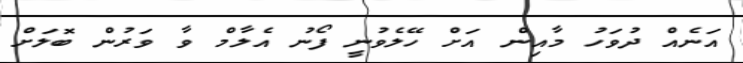
އަނެއް ދުވަހު މާއިން އަށް ހޭލެވުނީ ފޯނު އެލާމް ވާ ވަރުން ބޮލަށް